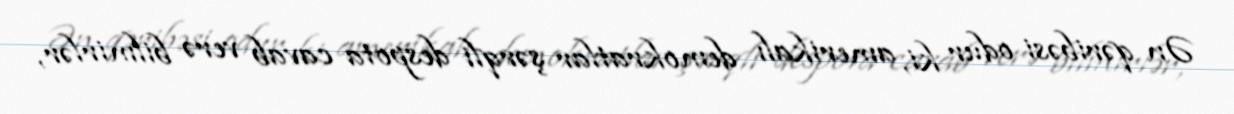
Ən qəribəsi odur ki, amerikalı demokratlar şərqli despota cavab verə bilmirlər,